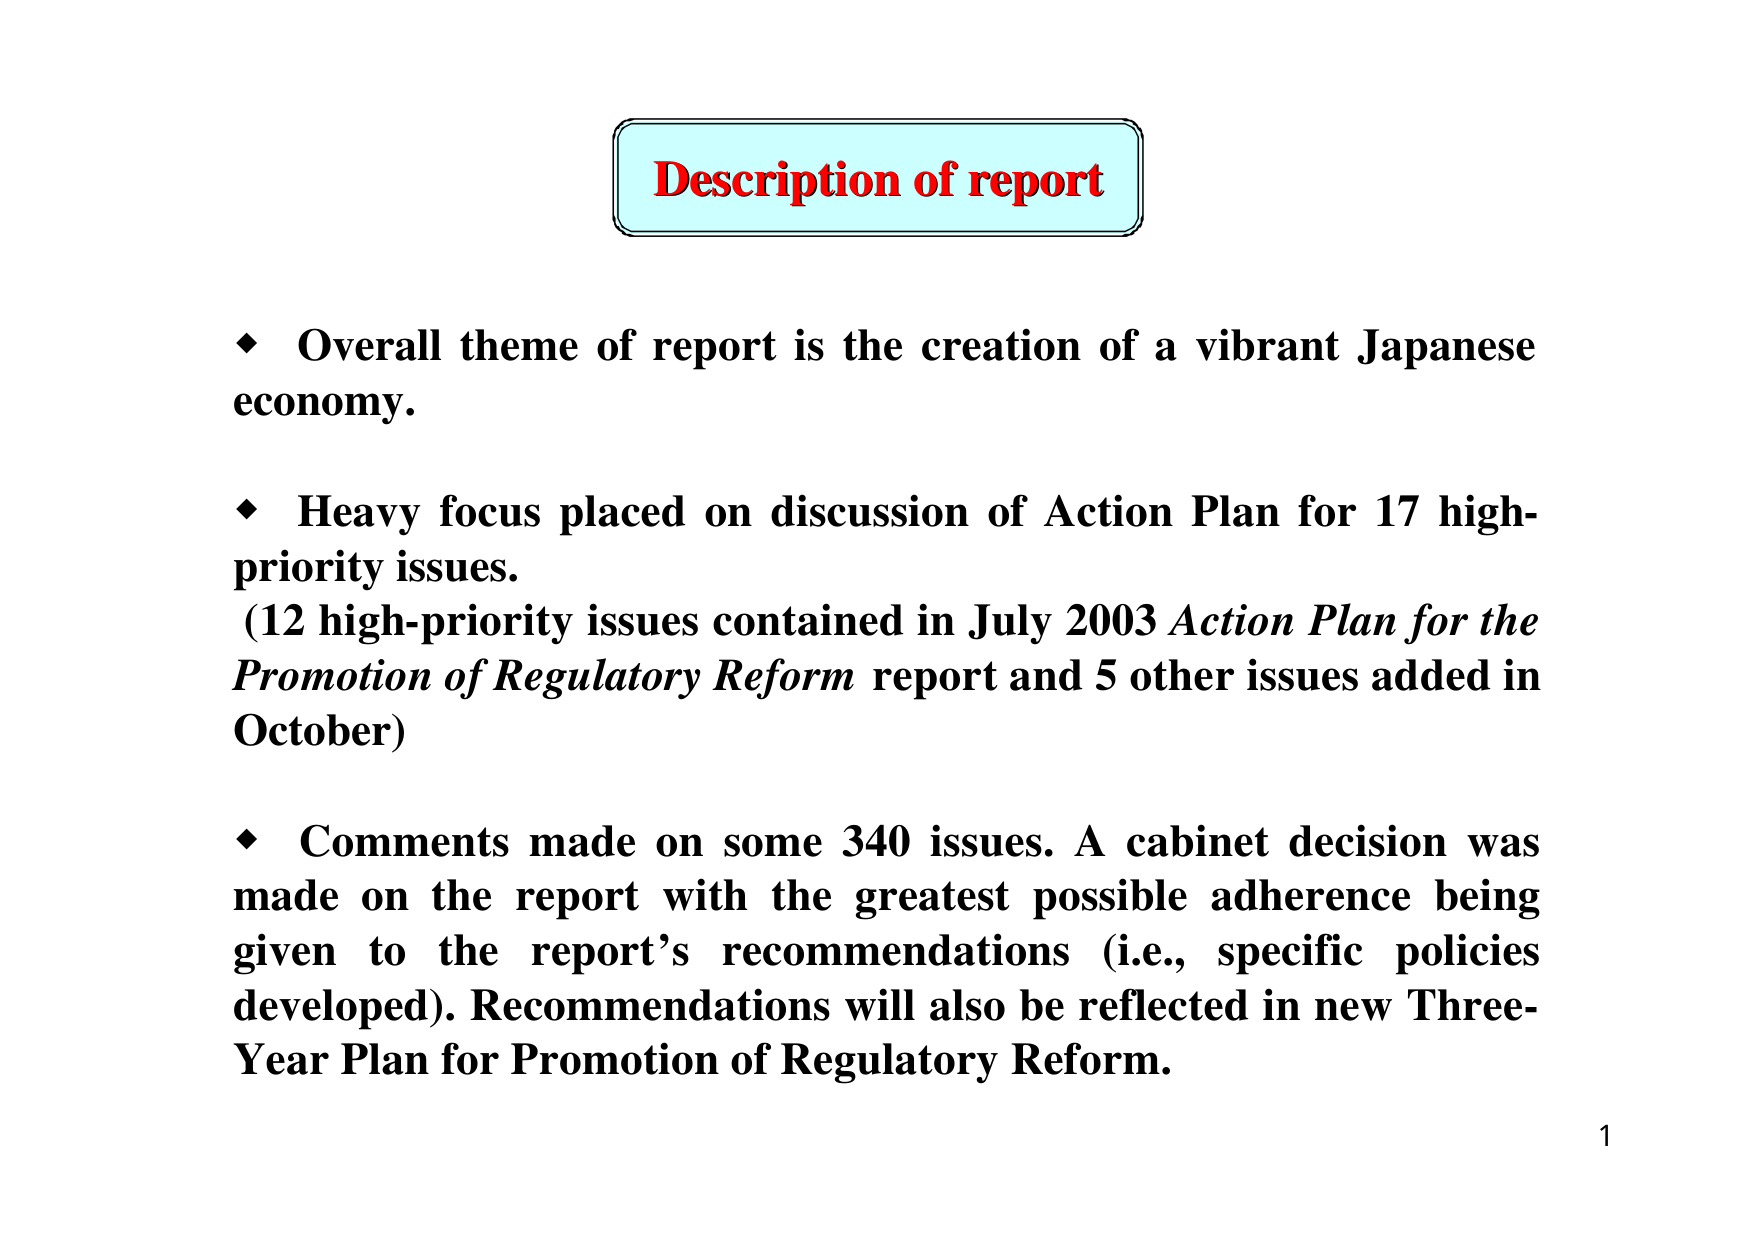
Description of report

♦ Overall theme of report is the creation of a vibrant Japanese economy.

♦ Heavy focus placed on discussion of Action Plan for 17 high-priority issues.
(12 high-priority issues contained in July 2003 Action Plan for the Promotion of Regulatory Reform report and 5 other issues added in October)

♦ Comments made on some 340 issues. A cabinet decision was made on the report with the greatest possible adherence being given to the report’s recommendations (i.e., specific policies developed). Recommendations will also be reflected in new Three-Year Plan for Promotion of Regulatory Reform.

1